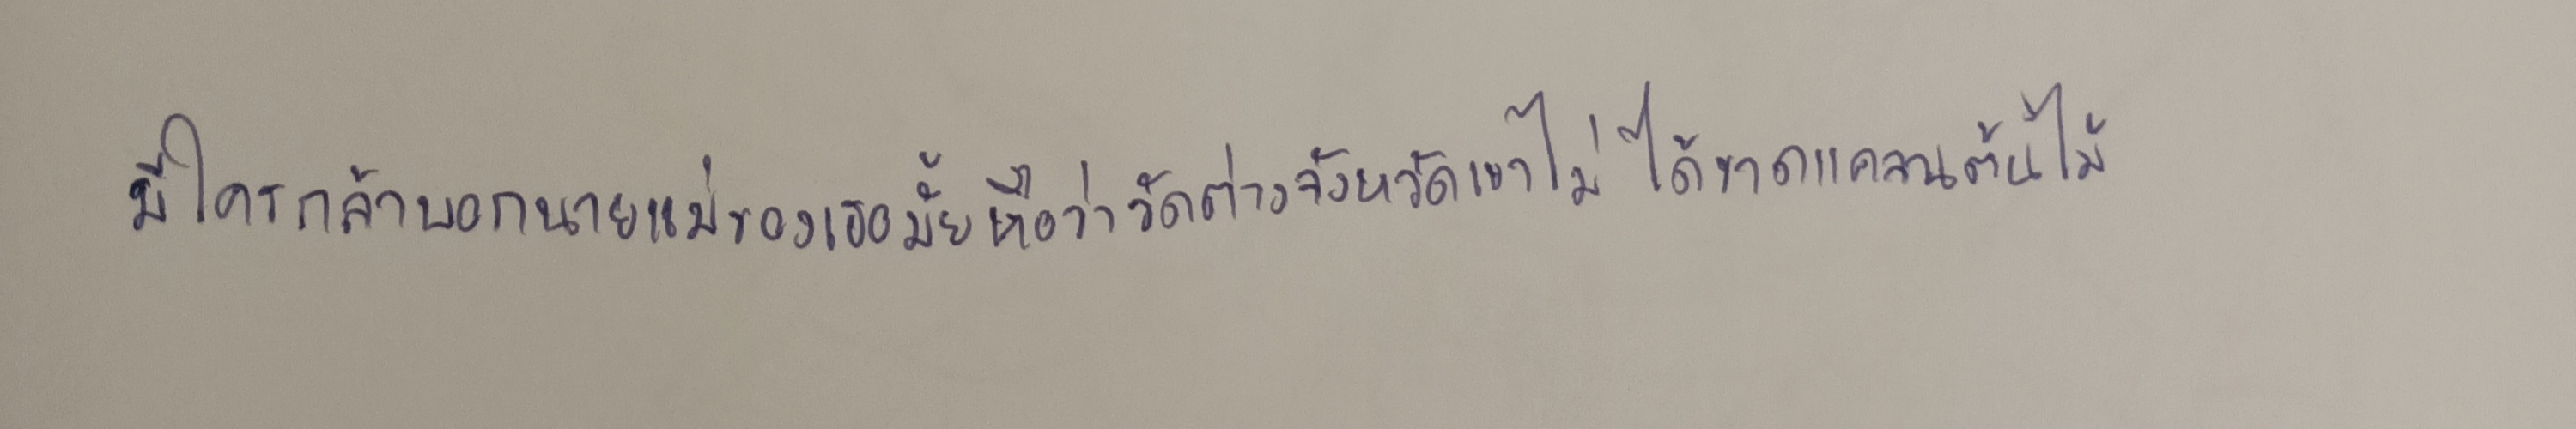
มีใครกล้าบอกนายแม่ของเธอมั้ยหือว่าวัดต่างจังหวัดเค้าไม่ได้ขาดแคลนต้นไม้